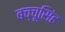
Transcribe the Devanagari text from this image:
बच्चूसिंह